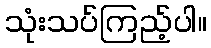
သုံးသပ်ကြည့်ပါ။